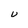
Character: U